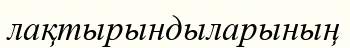
лақтырындыларының